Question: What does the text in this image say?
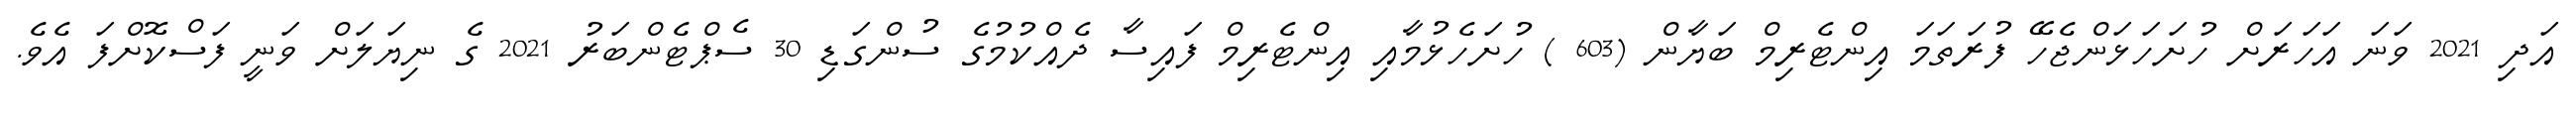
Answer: އަދި 2021 ވަނަ އަހަރަށް ހުށަހަޅަންޖެހޭ ފުރަތަމަ އިންޓެރިމް ބަޔާން (603 ) ހުށަހެޅުމާއި އިންޓެރިމް ފައިސާ ދެއްކުމުގެ ސުންގަޑި 30 ސެޕްޓެންބަރު 2021 ގެ ނިޔަލަށް ވަނީ ފަސްކޮށްފަ އެވެ.